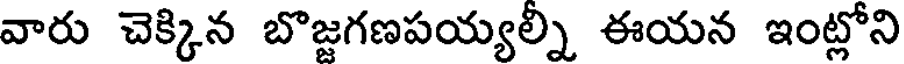
వారు చెక్కిన బొజ్జగణపయ్యల్ని ఈయన ఇంట్లోని